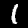
Digit: 1